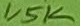
Text: 1,5K